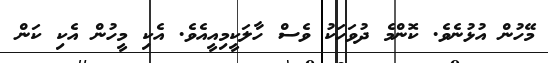
މޭހުން އުޅުނެވެ. ކޮންމެ ދުވަހަކު ވެސް ހާލަކީމިއީއެވެ. އެކި މީހުން އެކި ކަން